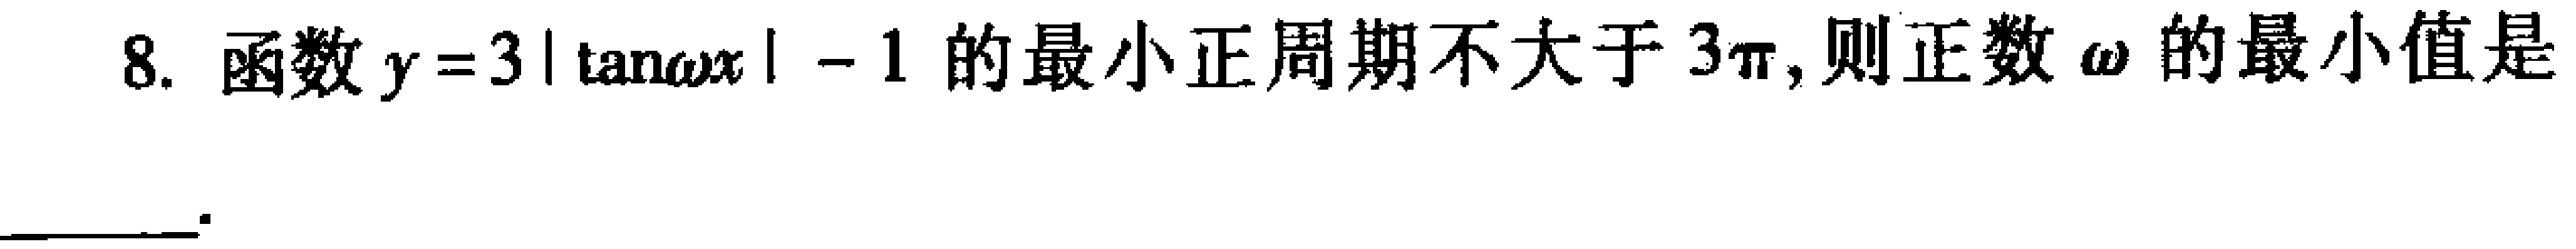
8. 函数\(y = 3|\tan\omega x|-1\)的最小正周期不大于\(3\pi\)，则正数\(\omega\)的最小值是___。